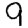
Digit: 9